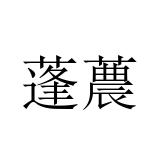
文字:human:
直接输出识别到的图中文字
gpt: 蓬蕽